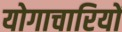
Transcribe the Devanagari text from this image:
योगाचारियों